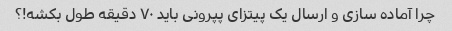
چرا آماده سازی و ارسال یک پیتزای پپرونی باید ۷۰ دقیقه طول بکشه!؟